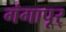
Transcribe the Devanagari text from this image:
गंगापूर्